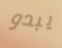
يبدو